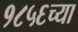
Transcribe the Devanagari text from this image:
१८५६च्या